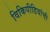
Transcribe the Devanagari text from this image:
विकिपीडियांची